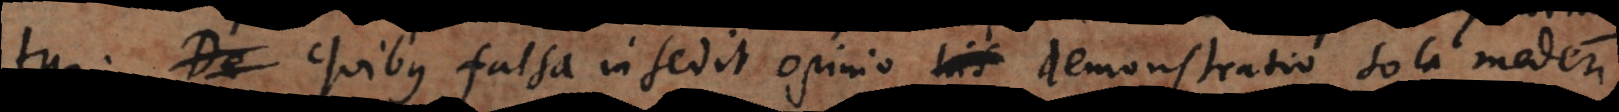
tur. Quibus falsa insedit opinio, his demonstratio sola mederi